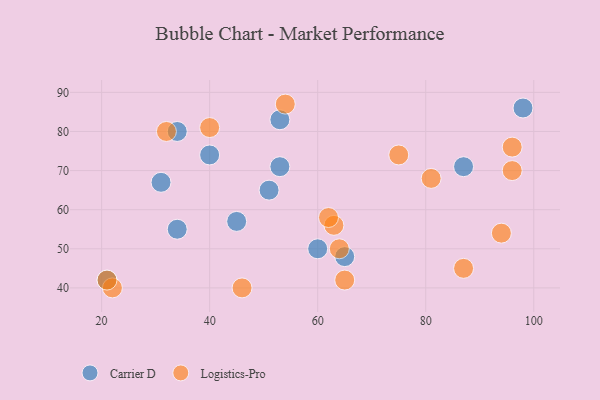
{"axis": {"x": "GDP", "y": "Life Expectancy"}, "legend": ["Carrier D", "Logistics-Pro"], "data": [{"x": "51", "y": 65, "type": "Carrier D"}, {"x": "40", "y": 74, "type": "Carrier D"}, {"x": "53", "y": 83, "type": "Carrier D"}, {"x": "34", "y": 80, "type": "Carrier D"}, {"x": "87", "y": 71, "type": "Carrier D"}, {"x": "45", "y": 57, "type": "Carrier D"}, {"x": "98", "y": 86, "type": "Carrier D"}, {"x": "53", "y": 71, "type": "Carrier D"}, {"x": "65", "y": 48, "type": "Carrier D"}, {"x": "34", "y": 55, "type": "Carrier D"}, {"x": "60", "y": 50, "type": "Carrier D"}, {"x": "31", "y": 67, "type": "Carrier D"}, {"x": "21", "y": 42, "type": "Carrier D"}, {"x": "81", "y": 68, "type": "Logistics-Pro"}, {"x": "75", "y": 74, "type": "Logistics-Pro"}, {"x": "22", "y": 40, "type": "Logistics-Pro"}, {"x": "65", "y": 42, "type": "Logistics-Pro"}, {"x": "40", "y": 81, "type": "Logistics-Pro"}, {"x": "87", "y": 45, "type": "Logistics-Pro"}, {"x": "46", "y": 40, "type": "Logistics-Pro"}, {"x": "32", "y": 80, "type": "Logistics-Pro"}, {"x": "54", "y": 87, "type": "Logistics-Pro"}, {"x": "21", "y": 42, "type": "Logistics-Pro"}, {"x": "94", "y": 54, "type": "Logistics-Pro"}, {"x": "64", "y": 50, "type": "Logistics-Pro"}, {"x": "63", "y": 56, "type": "Logistics-Pro"}, {"x": "96", "y": 70, "type": "Logistics-Pro"}, {"x": "62", "y": 58, "type": "Logistics-Pro"}, {"x": "96", "y": 76, "type": "Logistics-Pro"}]}